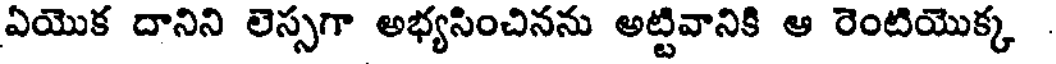
ఏయొక దానిని లెస్సగా అభ్యసించినను అట్టివానికి ఆ రెంటియొక్క